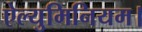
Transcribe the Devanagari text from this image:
ऐल्युमिनियम।